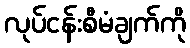
လုပ်ငန်းစီမံချက်ကို